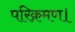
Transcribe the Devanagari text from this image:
परिक्रमण।